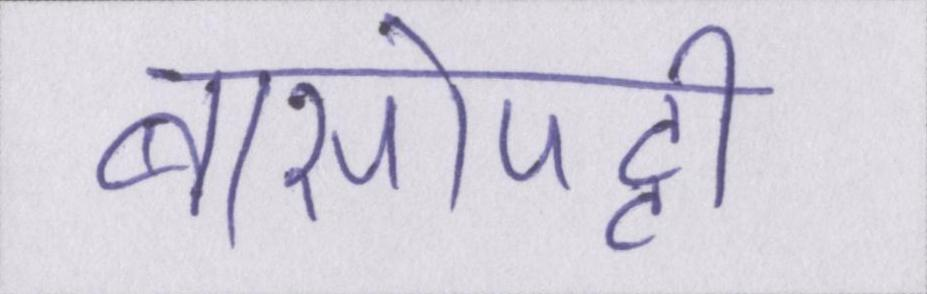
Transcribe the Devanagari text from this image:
बासोपट्टी